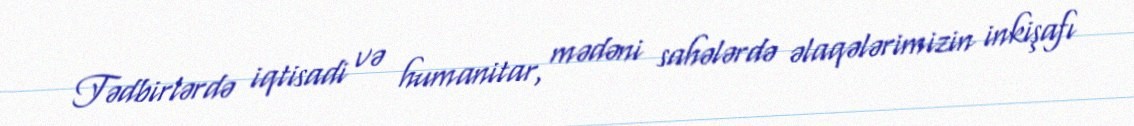
Tədbirlərdə iqtisadi və humanitar, mədəni sahələrdə əlaqələrimizin inkişafı